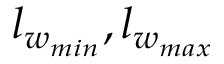
l _ { w _ { m i n } } , l _ { w _ { m a x } }